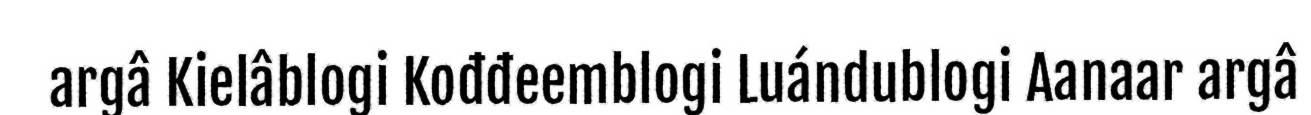
argâ Kielâblogi Kođđeemblogi Luándublogi Aanaar argâ